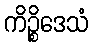
ကိဉ္စိဒေသံ